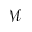
\mathcal { M }